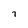
Character: 7